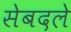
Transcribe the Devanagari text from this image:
सेबदले